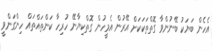
އެހެން ބަޔަކު ބޭނުންވާ ގޮތްތަކަކަށް އޭރުން އެމީހުން ގޮތްކިޔާނޭ ހުރިހާ ކަންތައްތައް ހިންގަންވީ